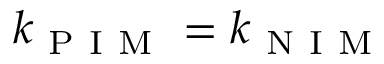
k _ { \mathrm { ~ P ~ I ~ M ~ } } = k _ { \mathrm { ~ N ~ I ~ M ~ } }